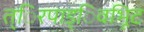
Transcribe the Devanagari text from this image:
त्िरपाड्िवभूिट